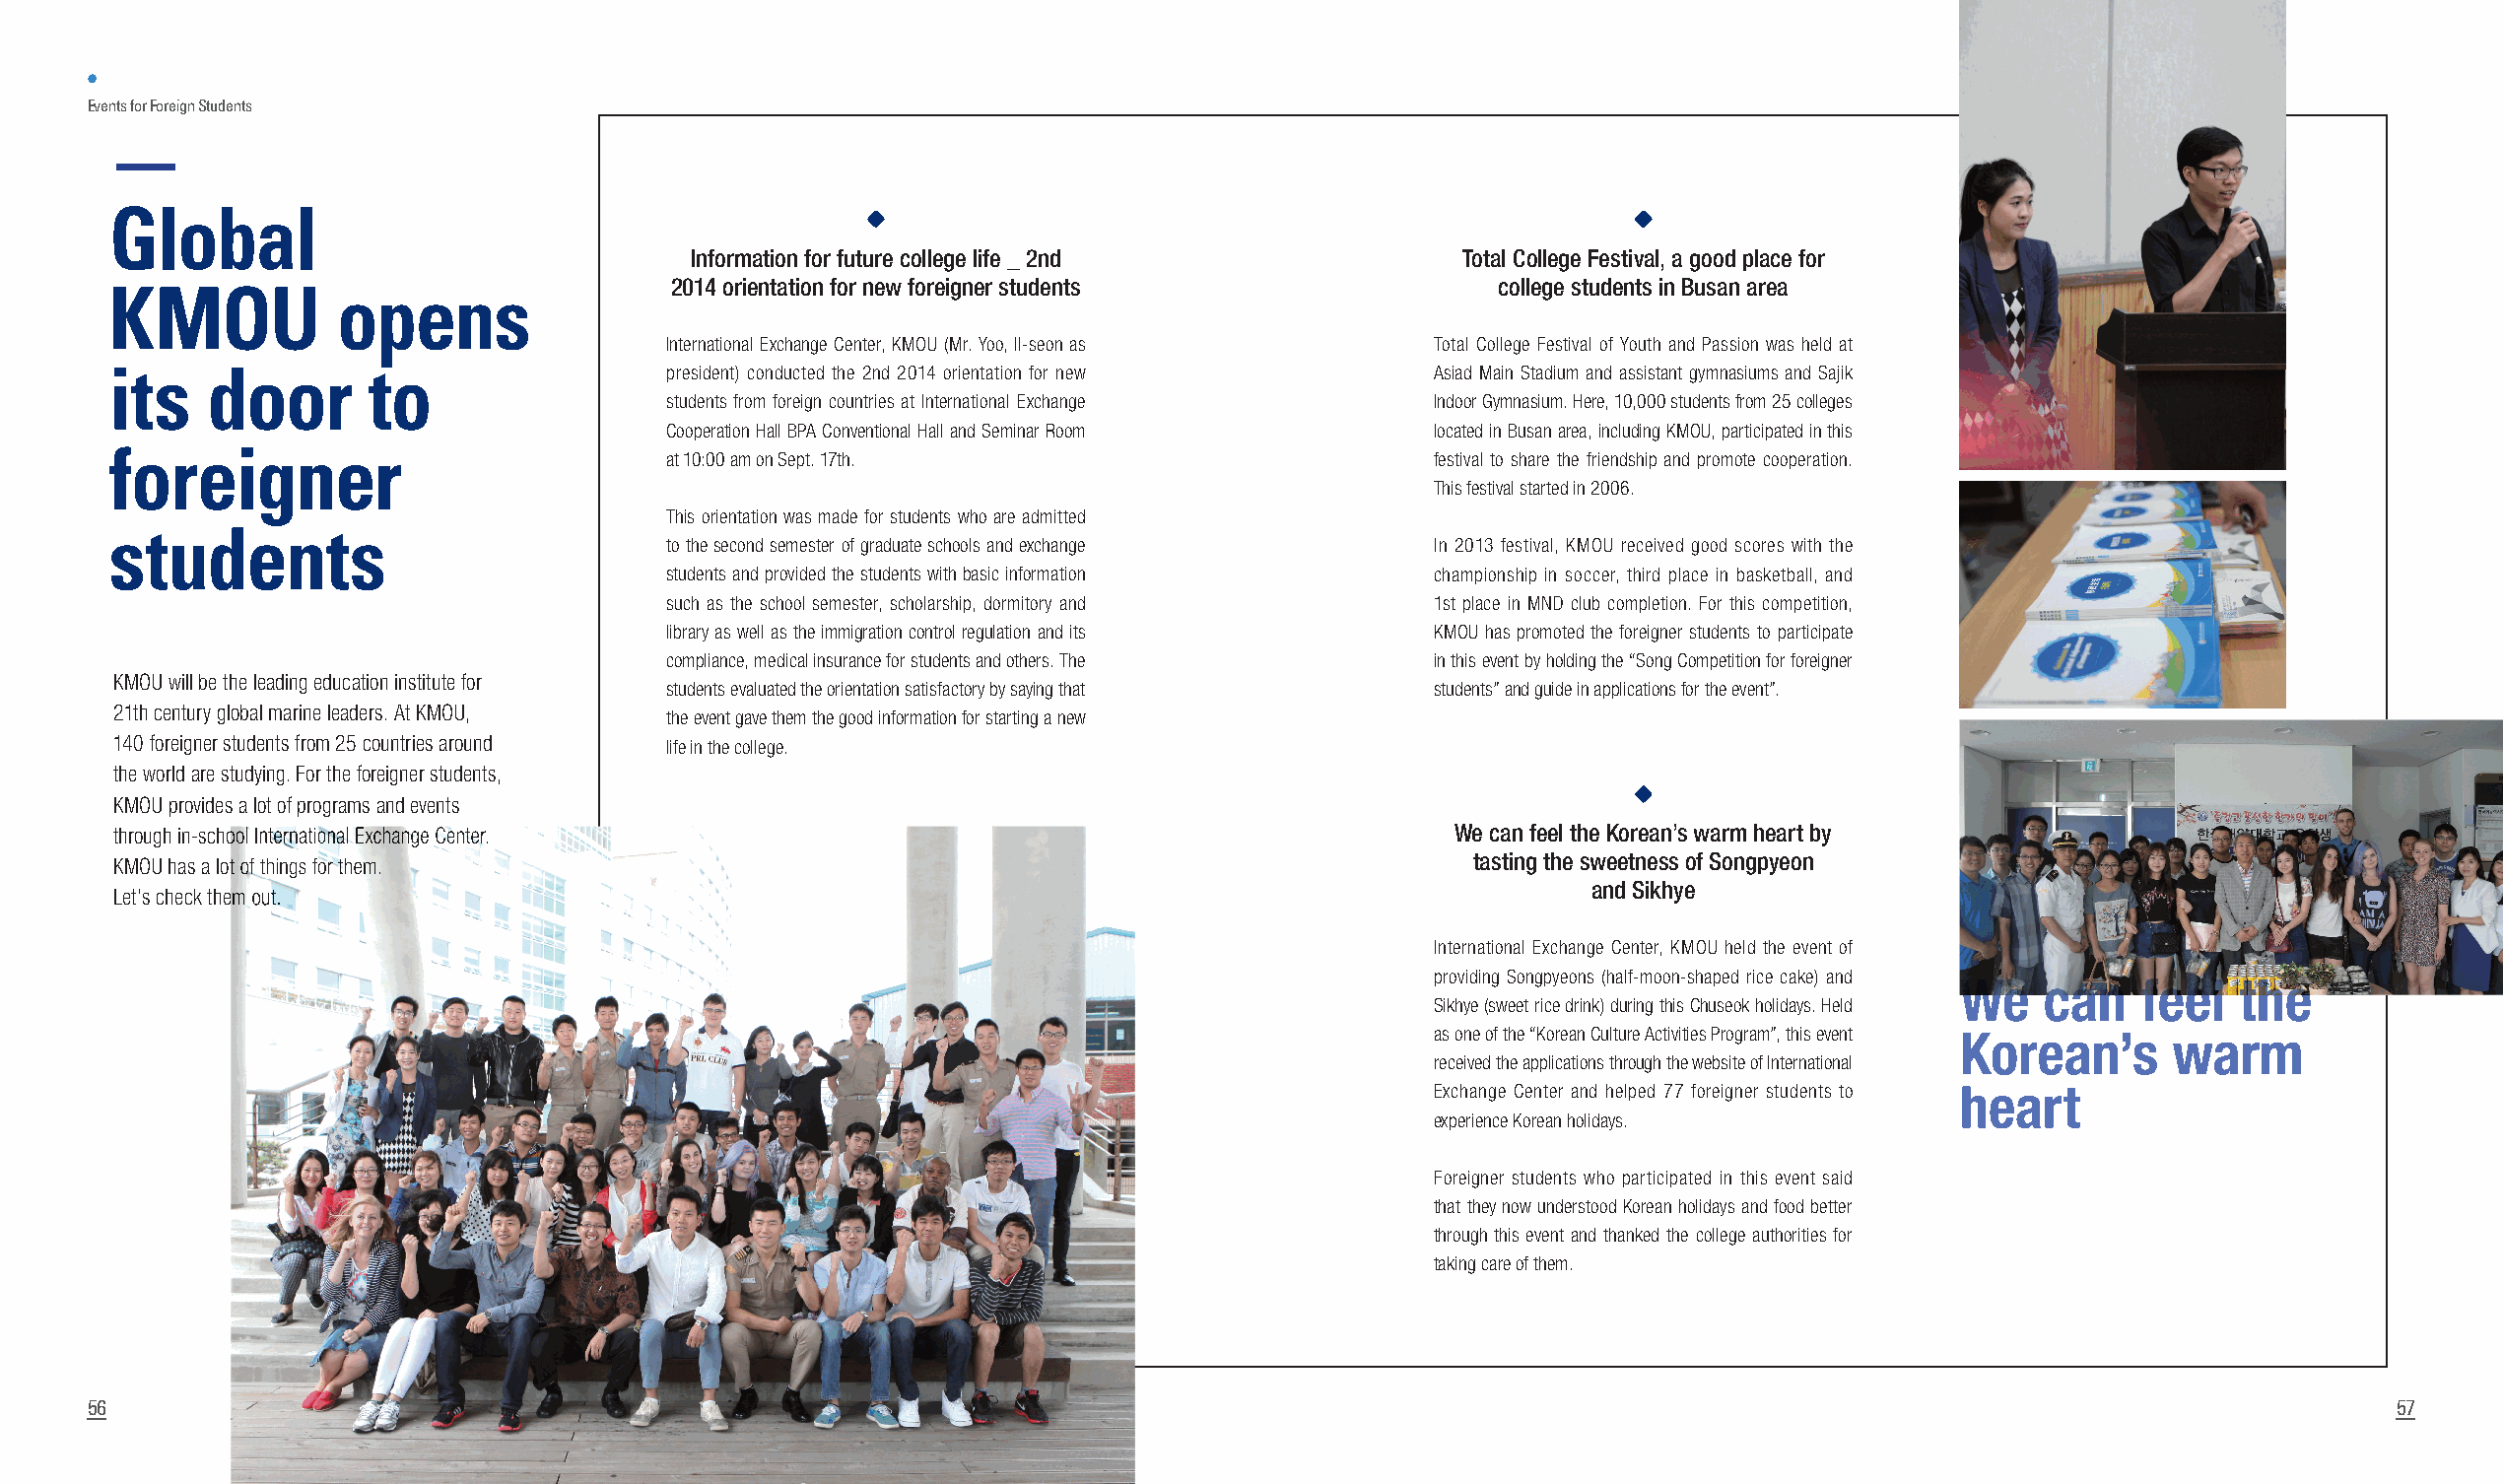
•
 Events for Foreign Students
 Global
 Information for future college life _ 2nd           Total College Festival, a good place for
 KMOU            opens                 2014 orientation for new foreigner students             college students in Busan area
 International Exchange Center, KMOU (Mr. Yoo, Il-seon as Total College Festival of Youth and Passion was held at
 its    door       to                  president) conducted the 2nd 2014 orientation for new Asiad Main Stadium and assistant gymnasiums and Sajik
 students from foreign countries at International Exchange Indoor Gymnasium. Here, 10,000 students from 25 colleges
 Cooperation Hall BPA Conventional Hall and Seminar Room located in Busan area, including KMOU, participated in this
 foreigner
 at 10:00 am on Sept. 17th.                         festival to share the friendship and promote cooperation.
 This festival started in 2006.
 This orientation was made for students who are admitted
 students
 to the second semester of graduate schools and exchange In 2013 festival, KMOU received good scores with the
 students and provided the students with basic information championship in soccer, third place in basketball, and
 such as the school semester, scholarship, dormitory and 1st place in MND club completion. For this competition,
 library as well as the immigration control regulation and its KMOU has promoted the foreigner students to participate
 compliance, medical insurance for students and others. The in this event by holding the “Song Competition for foreigner
 KMOU will be the leading education institute for
 students evaluated the orientation satisfactory by saying that students” and guide in applications for the event”.
 21th century global marine leaders. At KMOU,
 the event gave them the good information for starting a new
 140 foreigner students from 25 countries around life in the college.
 the world are studying. For the foreigner students,
 KMOU provides a lot of programs and events
 tthhrroouugghh iinn--sscchhooooll IInntteerrnnaattiioonnaall EExxcchhaannggee CCeenntteerr.. We can feel the Korean’s warm heart by
 KKMMOOUU hhaass aa lloott ooff tthhiinnggss ffoorr tthheemm..                              tasting the sweetness of Songpyeon
 and Sikhye
 LLeett’’ss cchheecckk tthheemm oouutt..
 International Exchange Center, KMOU held the event of
 providing Songpyeons (half-moon-shaped rice cake) and
 WWee ccaann ffeeeell tthhee
 Sikhye (sweet rice drink) during this Chuseok holidays. Held
 as one of the “Korean Culture Activities Program”, this event Korean’s warm
 received the applications through the website of International
 Exchange Center and helped 77 foreigner students to heart
 experience Korean holidays.
 Foreigner students who participated in this event said
 that they now understood Korean holidays and food better
 through this event and thanked the college authorities for
 taking care of them.
 56                                                                                                                                                         57